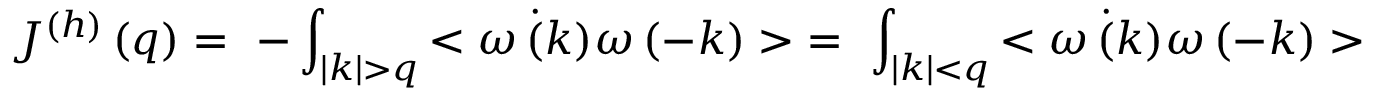
J ^ { ( h ) } \left( q \right) = ~ - \int _ { | k | > q } { < \dot { \omega \left( k \right) } \omega \left( - k \right) > } = ~ \int _ { | k | < q } { < \dot { \omega \left( k \right) } \omega \left( - k \right) > }